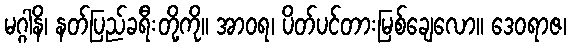
မဂ္ဂါနိ၊ နတ်ပြည်ခရီးတို့ကို။ အာဝရ၊ ပိတ်ပင်တားမြစ်ချေလော။ ဒေဝရာဇ၊